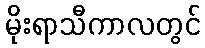
မိုးရာသီကာလတွင်